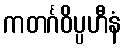
ကတင်္ဂဝိပ္ပဟီနံ